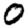
Digit: 0